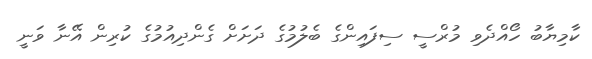
ކާމިޔާބު ހޯއްދެވި މުރްސީ ސިފައިންގެ ބެލުމުގެ ދަށަށް ގެންދިއުމުގެ ކުރިން އޭނާ ވަނީ